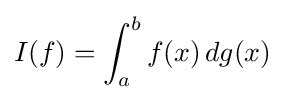
I(f)=\int _{a}^{b}f(x)\,dg(x)